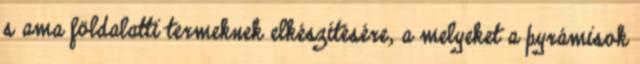
s ama földalatti termeknek elkészítésére, a melyeket a pyrámisok